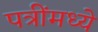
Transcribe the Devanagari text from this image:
पत्रींमध्ये